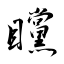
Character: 矘